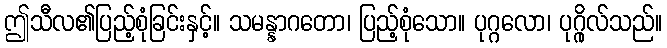
ဤသီလ၏ပြည့်စုံခြင်းနှင့်။ သမန္နာဂတော၊ ပြည့်စုံသော။ ပုဂ္ဂလော၊ ပုဂ္ဂိုလ်သည်။